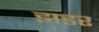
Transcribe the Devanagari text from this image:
झडर